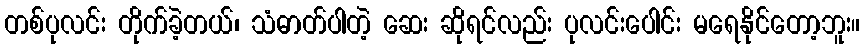
တစ်ပုလင်း တိုက်ခဲ့တယ်၊ သံဓာတ်ပါတဲ့ ဆေး ဆိုရင်လည်း ပုလင်းပေါင်း မရေနိုင်တော့ဘူး။